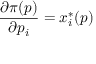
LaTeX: { \frac { \partial \pi ( p ) } { \partial p _ { i } } } = x _ { i } ^ { \ast } ( p )